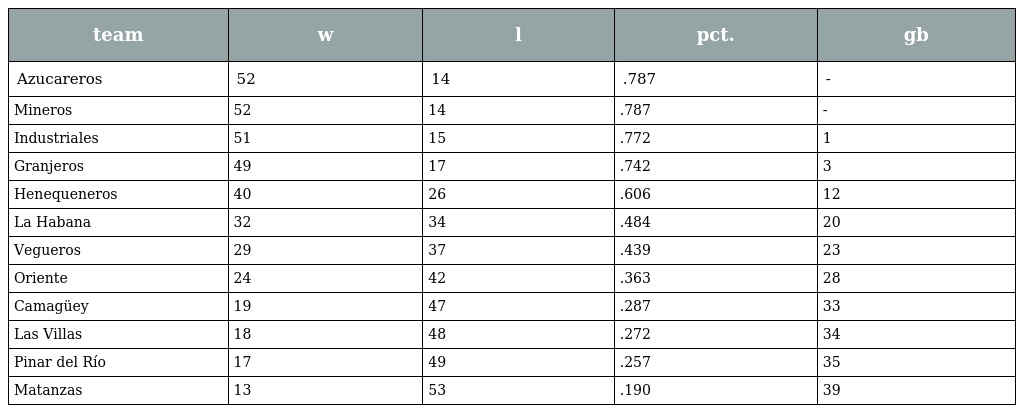
| team | w | l | pct. | gb |
 | --- | --- | --- | --- | --- |
 | Azucareros | 52 | 14 | .787 | - |
 | Mineros | 52 | 14 | .787 | - |
 | Industriales | 51 | 15 | .772 | 1 |
 | Granjeros | 49 | 17 | .742 | 3 |
 | Henequeneros | 40 | 26 | .606 | 12 |
 | La Habana | 32 | 34 | .484 | 20 |
 | Vegueros | 29 | 37 | .439 | 23 |
 | Oriente | 24 | 42 | .363 | 28 |
 | Camagüey | 19 | 47 | .287 | 33 |
 | Las Villas | 18 | 48 | .272 | 34 |
 | Pinar del Río | 17 | 49 | .257 | 35 |
 | Matanzas | 13 | 53 | .190 | 39 |